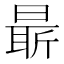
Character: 𣉛